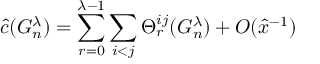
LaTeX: \hat { c } ( G _ { n } ^ { \lambda } ) = \sum _ { r = 0 } ^ { \lambda - 1 } \sum _ { i < j } \Theta _ { r } ^ { i j } ( G _ { n } ^ { \lambda } ) + O ( \hat { x } ^ { - 1 } )